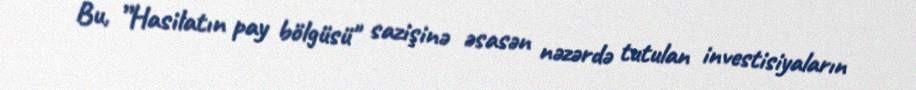
Bu, ”Hasilatın pay bölgüsü" sazişinə əsasən nəzərdə tutulan investisiyaların